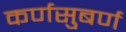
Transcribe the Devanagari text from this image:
कर्णसुबर्ण